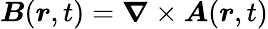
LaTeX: \boldsymbol{B}(\boldsymbol{r},t)=\boldsymbol{\nabla}\times\boldsymbol{A}(\boldsymbol{r},t)